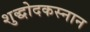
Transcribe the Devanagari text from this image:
शुद्धोदकस्नान